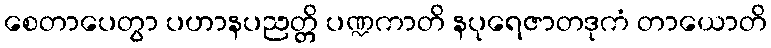
စေတာပေတွာ ပဟာနပညတ္တိ ပဏ္ဍကာတိ နပုရေဇာတဒုကံ တာယောတိ